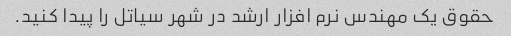
حقوق یک مهندس نرم افزار ارشد در شهر سیاتل را پیدا کنید.